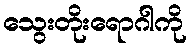
သွေးတိုးရောဂါကို